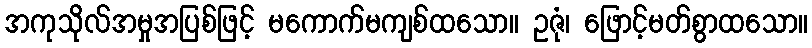
အကုသိုလ်အမှုအပြစ်ဖြင့် မကောက်မကျစ်ထသော။ ဥဇုံ၊ ဖြောင့်မတ်စွာထသော။